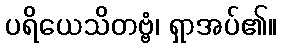
ပရိယေသိတဗ္ဗံ၊ ရှာအပ်၏။